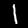
Label: 1